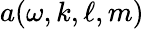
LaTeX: a(\omega,k,\ell,m)